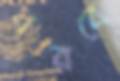
ধরবে